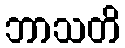
ဘာသတိ